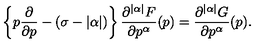
\left\{ p \frac { \partial } { \partial p } - ( \sigma - | \alpha | ) \right\} \frac { \partial ^ { | \alpha | } F } { \partial p ^ { \alpha } } ( p ) = \frac { \partial ^ { | \alpha | } G } { \partial p ^ { \alpha } } ( p ) .